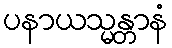
ပနာယသ္မန္တာနံ